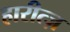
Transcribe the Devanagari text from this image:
हारीत्ज़